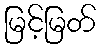
မြင့်မြတ်